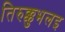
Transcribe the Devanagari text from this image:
तिरुक्कुभलइ